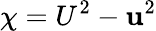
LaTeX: \chi=U^{2}-\mathbf{u}^{2}